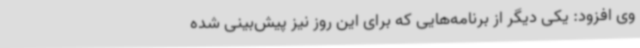
وی افزود: یکی دیگر از برنامه‌هایی که برای این روز نیز پیش‌بینی شده